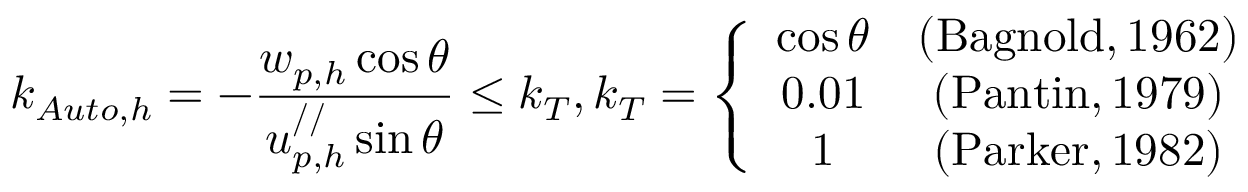
k _ { A u t o , h } = - \frac { w _ { p , h } \cos \theta } { u _ { p , h } ^ { / / } \sin \theta } \leq k _ { T } , k _ { T } = \left\{ \begin{array} { c c } { \cos \theta } & { \mathrm { ( B a g n o l d , 1 9 6 2 ) } } \\ { 0 . 0 1 } & { \mathrm { ( P a n t i n , 1 9 7 9 ) } } \\ { 1 } & { \mathrm { ( P a r k e r , 1 9 8 2 ) } } \end{array} \right.